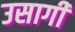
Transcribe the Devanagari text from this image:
उसागी